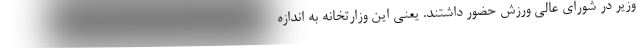
وزیر در شورای عالی ورزش حضور داشتند. یعنی این وزارتخانه به اندازه